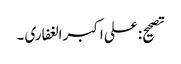
تصحیح: علی اکبر الغفاری ۔